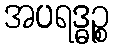
အပရဒ္ဓဉ္စ